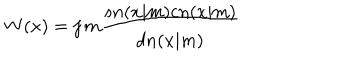
W ( x ) = j \, m { \frac { s n ( x | m ) c n ( x | m ) } { d n ( x | m ) } }